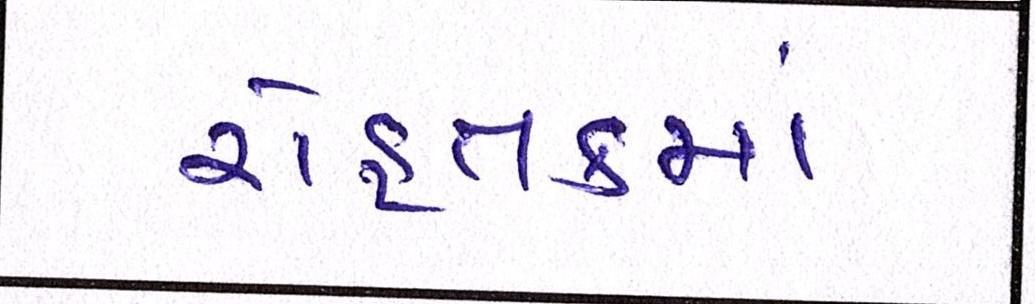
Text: રોહતકમાં